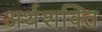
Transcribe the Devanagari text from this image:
अर्थशक्ति